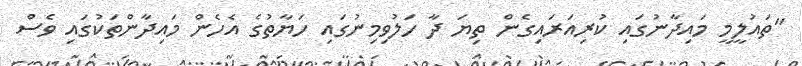
"ތައުލީމީ މައިދާނުގައި ކުރިއަރައިގެން ތިޔަ ދާ ހަލުވިމިނުގައި ހަޔާތުގެ އެހެން މައިދާންތަކުގައި ވެސް